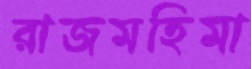
রাজমহিমা